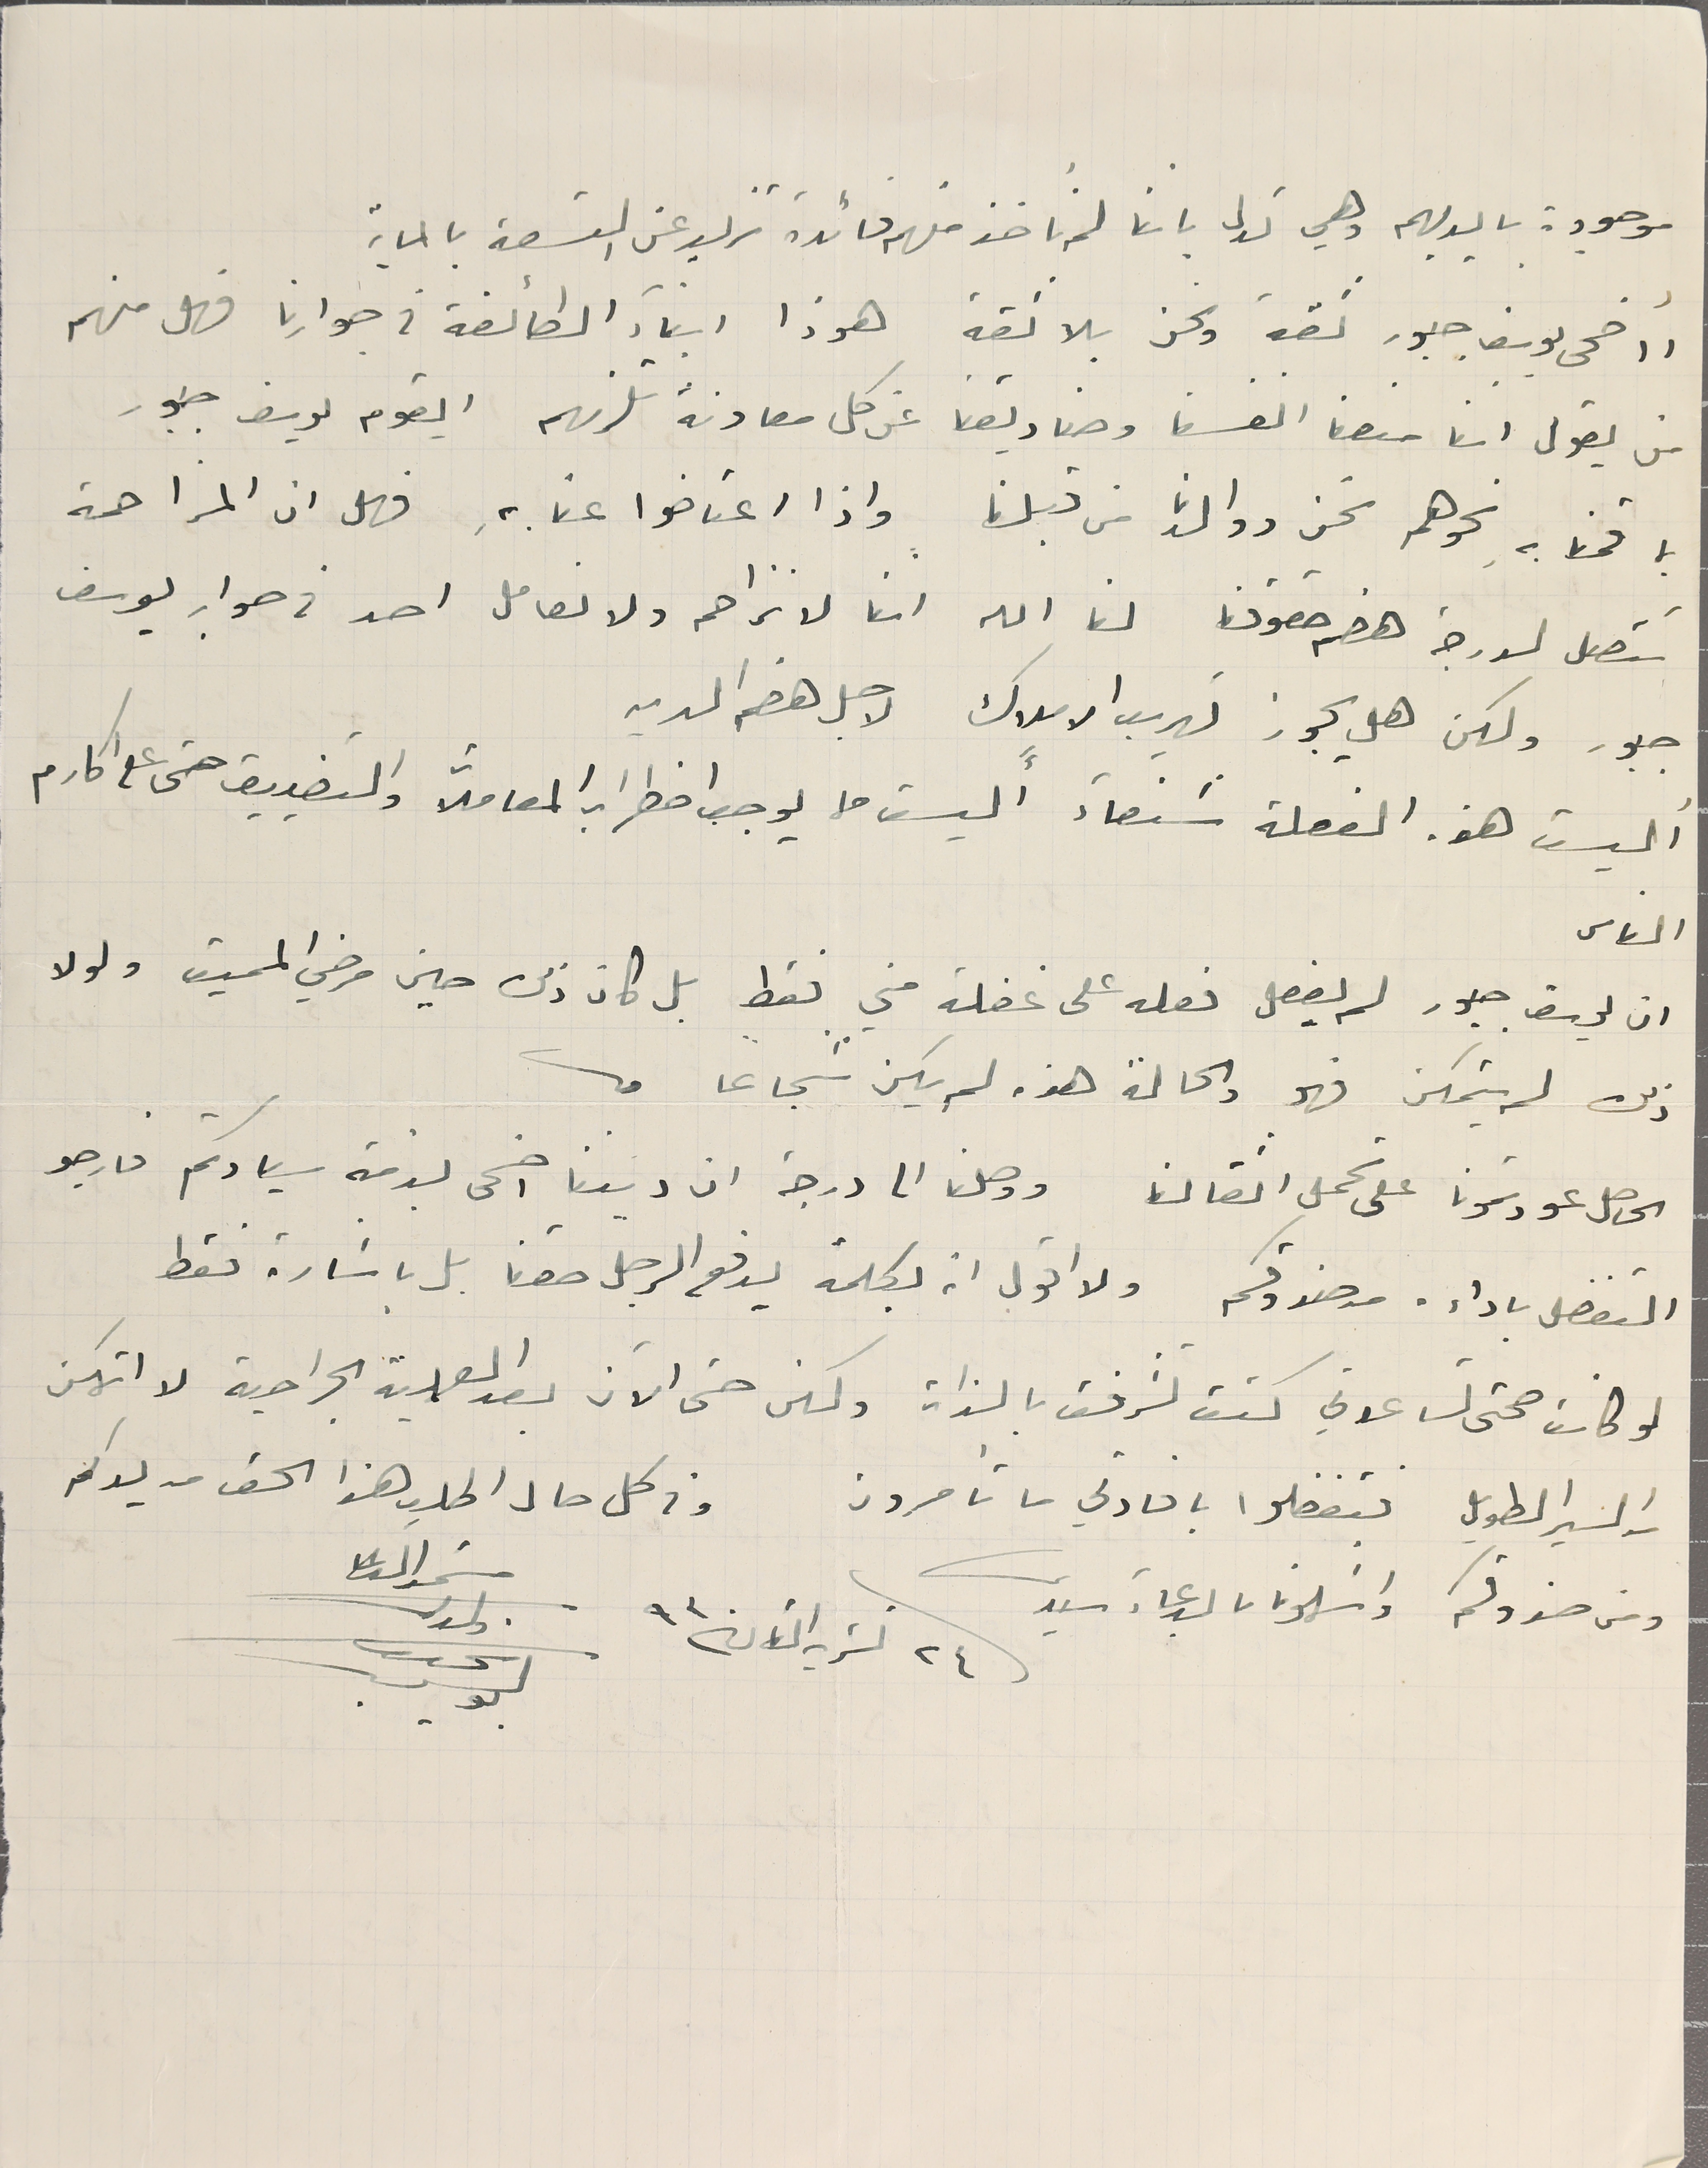
موجودة بايديهم وهي تدل باننا لم ناخذ منهم فائدة تزيد عن التسعة بالماية
 أاضحى يوسف جبور ثقة ونحن بلا ثقة هوذا ابناء الطائفة في جوارنا فهل منهم
 من يقول اننا منعنا انفسنا وصناديقنا عن كل معاونة تلزمهم ايقوم يوسف جبور
بما قمنا بهِ نحوهم نحن ووالدنا من قبلنا واذا اعتاضوا عنا بهِ فهل ان المزاحمة
تتصل لدرجة هضم حقوقنا لنا الله اننا لا نزاحم ولا نعامل احد فى صواب يوسف
 جبور ولكن هل يجوز تهريب الاملاك لاجل هضم الدين
 أليست هذه الفعلة شنعآء أليست مما يوجب اضطراب المعاملات والتضييق حتى على اكارم
 الناس
 ان يوسف جبور لم يفعل فعله على غفلة مني فقط بل كان ذلك حين مرضي المميت ولولا
 ذلك لم يتمكن فهو والحالة هذه لم يكن شجاعًا
الحاصل عودتمونا على تحمل اثقالنا ووصلنا الى درجة ان ديننا اضحى بذمة سيادتكم فارجو
 التفضل باداءه من صندوقكم ولا اقول انه بكلمة يدفع الرجل حقنا بل باشارة فقط
لو كانت صحتى تساعدني كنت تشرفت بالذات ولكنى حتى الآن بعد العملية الجراحية لا اتمكن
من السير الطويل فتفضلوا بافادتي ما تأمرون
ومن صندوقكم واسَلمونا بالدعاء سيدى
٢٤ تشرين الثانى ٩٣
وفى كل حال اطلب هذا الحق من يدكم
سَمو الدعا
ولدكم
نحىب
بولس